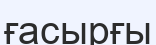
ғасырғы